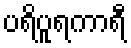
ပရိပူရကာရီ